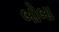
બોબા